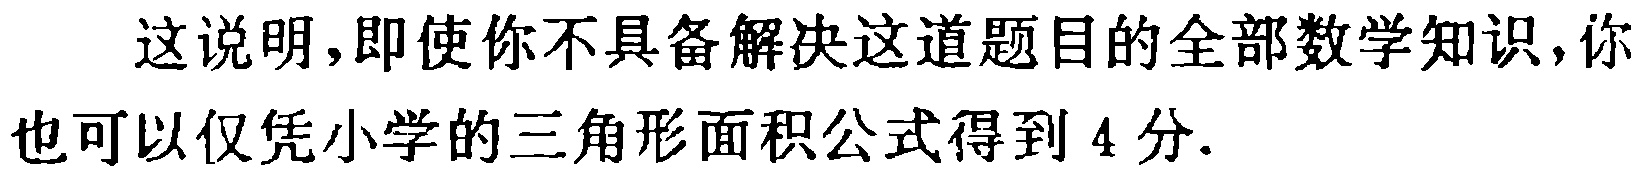
这说明,即使你不具备解决这道题目的全部数学知识,你也可以仅凭小学的三角形面积公式得到 4 分.